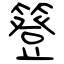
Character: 簦